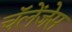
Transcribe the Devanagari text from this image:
चॅलेंजेस